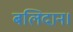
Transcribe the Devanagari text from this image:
बलिदान।